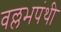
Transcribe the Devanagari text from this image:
वल्लभपंथी